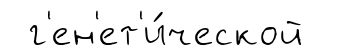
г'ен'ет'и́ческой